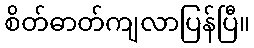
စိတ်ဓာတ်ကျလာပြန်ပြီ။